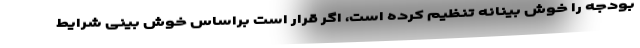
بودجه را خوش بینانه تنظیم کرده است، اگر قرار است براساس خوش بینی شرایط